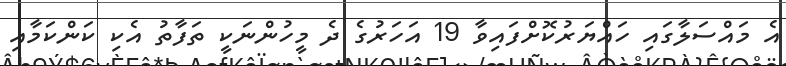
އެ މައްސަލާގައި ހައްޔަރުކޮށްފައިވާ 19 އަހަރުގެ ދެ މީހުންނަކީ ތަފާތު އެކި ކަންކަމާއި